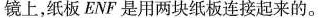
镜上，纸板ENF是用两块纸板连接起来的。